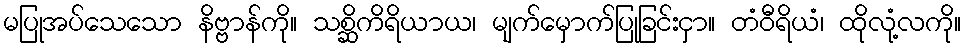
မပြုအပ်သေသော နိဗ္ဗာန်ကို။ သစ္ဆိကိရိယာယ၊ မျက်မှောက်ပြုခြင်းငှာ။ တံဝီရိယံ၊ ထိုလုံ့လကို။